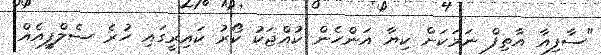
"ސާފިއާ އާތިފް ނަމަކަށް ކިޔާ އަންހެން ކުއްޖަކު ކޯރު ކައިރީގައި ހުރެ ސެލްފީއެއް